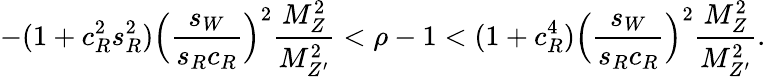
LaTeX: -(1+c_{R}^{2}s_{R}^{2})\Bigl(\frac{s_{W}}{s_{R}c_{R}}\Bigr)^{2}\frac{M_{Z}^{2}}{M_{Z^{\prime}}^{2}}<\rho-1<(1+c_{R}^{4})\Bigl(\frac{s_{W}}{s_{R}c_{R}}\Bigr)^{2}\frac{M_{Z}^{2}}{M_{Z^{\prime}}^{2}}.